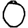
Digit: 0